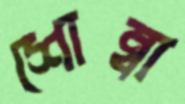
শোম্বা